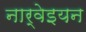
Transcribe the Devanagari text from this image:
नार्वेइयन